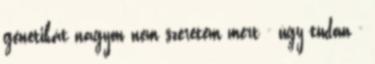
genetikát nagyon nem szeretem mert - úgy tudom -